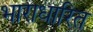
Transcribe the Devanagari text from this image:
भाराधारित